Indian journal of veterinary science and animal husbandry - Volumes 26-27, 1956-1957
Year: 1956
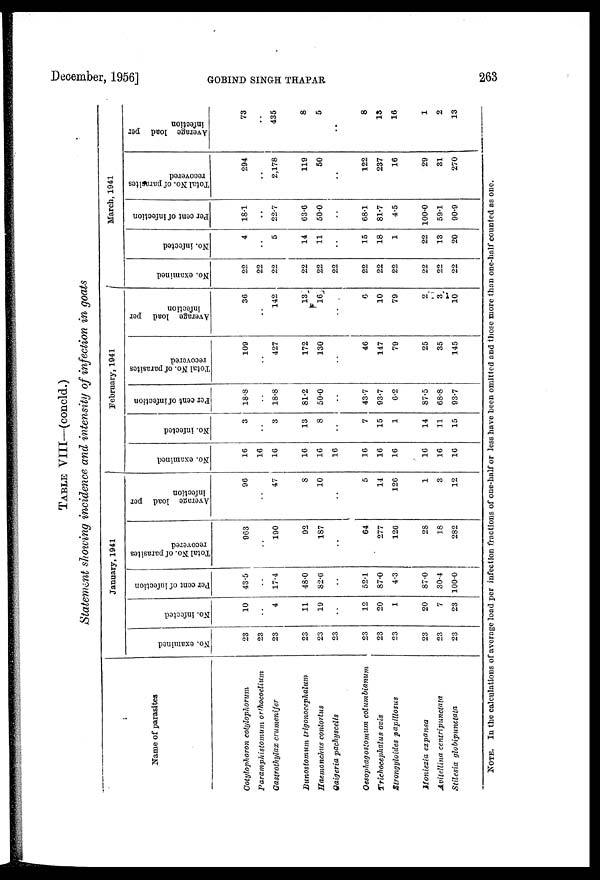
December, 1956]
GOBIND
SINGH
THAPAR
263
TABLE VIII-(concld.)
Statement showing incidence and intensity of infection in goats
Name of parasites
Cotylophoron cotylophorum
Paramphistomum
orthocoelium
Gastrothylax crumenifer
Bunostomum trigonocephalum
Haemonchus contortus
Gaigeria pachyscelis
Oesophagostomum columbianum
Trichocephalus ovis
Strongyloides papillosus
Moniezia expansa
Avitellina centripunctata
Stilesia globipunctata
January, 1941
No. examined
23
23
23
23
23
23
23
23
23
23
23
23
No. infected
10
..
4
11
19
..
12
20
1
20
7
23
Per cent of infection
43.5
..
17.4
48.0
82.6
..
52.1
87.0
4.3
87.0
30.4
100.0
Total No. of parasites
recovered
963
..
190
92
187
..
64
277
126
28
18
282
Average load per
infection
96
..
47
8
10
..
5
14
126
1
3
12
February, 1941
No. examined
16
16
16
16
16
16
16
16
16
16
16
16
No. infected
3
..
3
13
8
..
7
15
1
14
11
15
Per cent of infection
18.8
..
18.8
81.2
50.0
..
43.7
93.7
6.2
87.5
68.8
93.7
Total No. of parasites
recovered
109
..
427
172
130
..
46
147
79
25
35
145
Average load per
infection
36
..
142
13
16
..
6
10
79
2
3
10
March, 1941
No. examined
22
22
22
22
22
22
22
22
22
22
22
22
No. infected
4
..
5
14
11
..
15
18
1
22
13
20
Per cent of infection
18.1
..
22.7
63.6
50.0
..
68.1
81.7
4.5
100.0
59.1
90.9
Total No. of parasites
recovered
294
..
2,178
119
50
..
122
237
16
29
31
270
Average load per
infection
73
..
435
8
5
..
8
13
16
1
2
13
NOTE. In the calculations of average load per infection fractions of one-half or less have been omitted and those more than one-half counted as one.